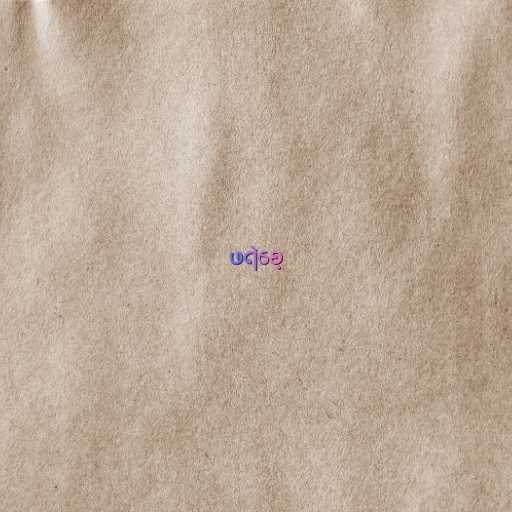
ဖရဲစေ့